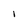
Character: 1